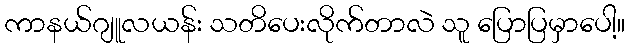
ကာနယ်ဂျူလယန်း သတိပေးလိုက်တာလဲ သူ ပြောပြမှာပေါ့။